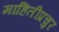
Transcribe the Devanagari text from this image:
माहितीप्रचुर